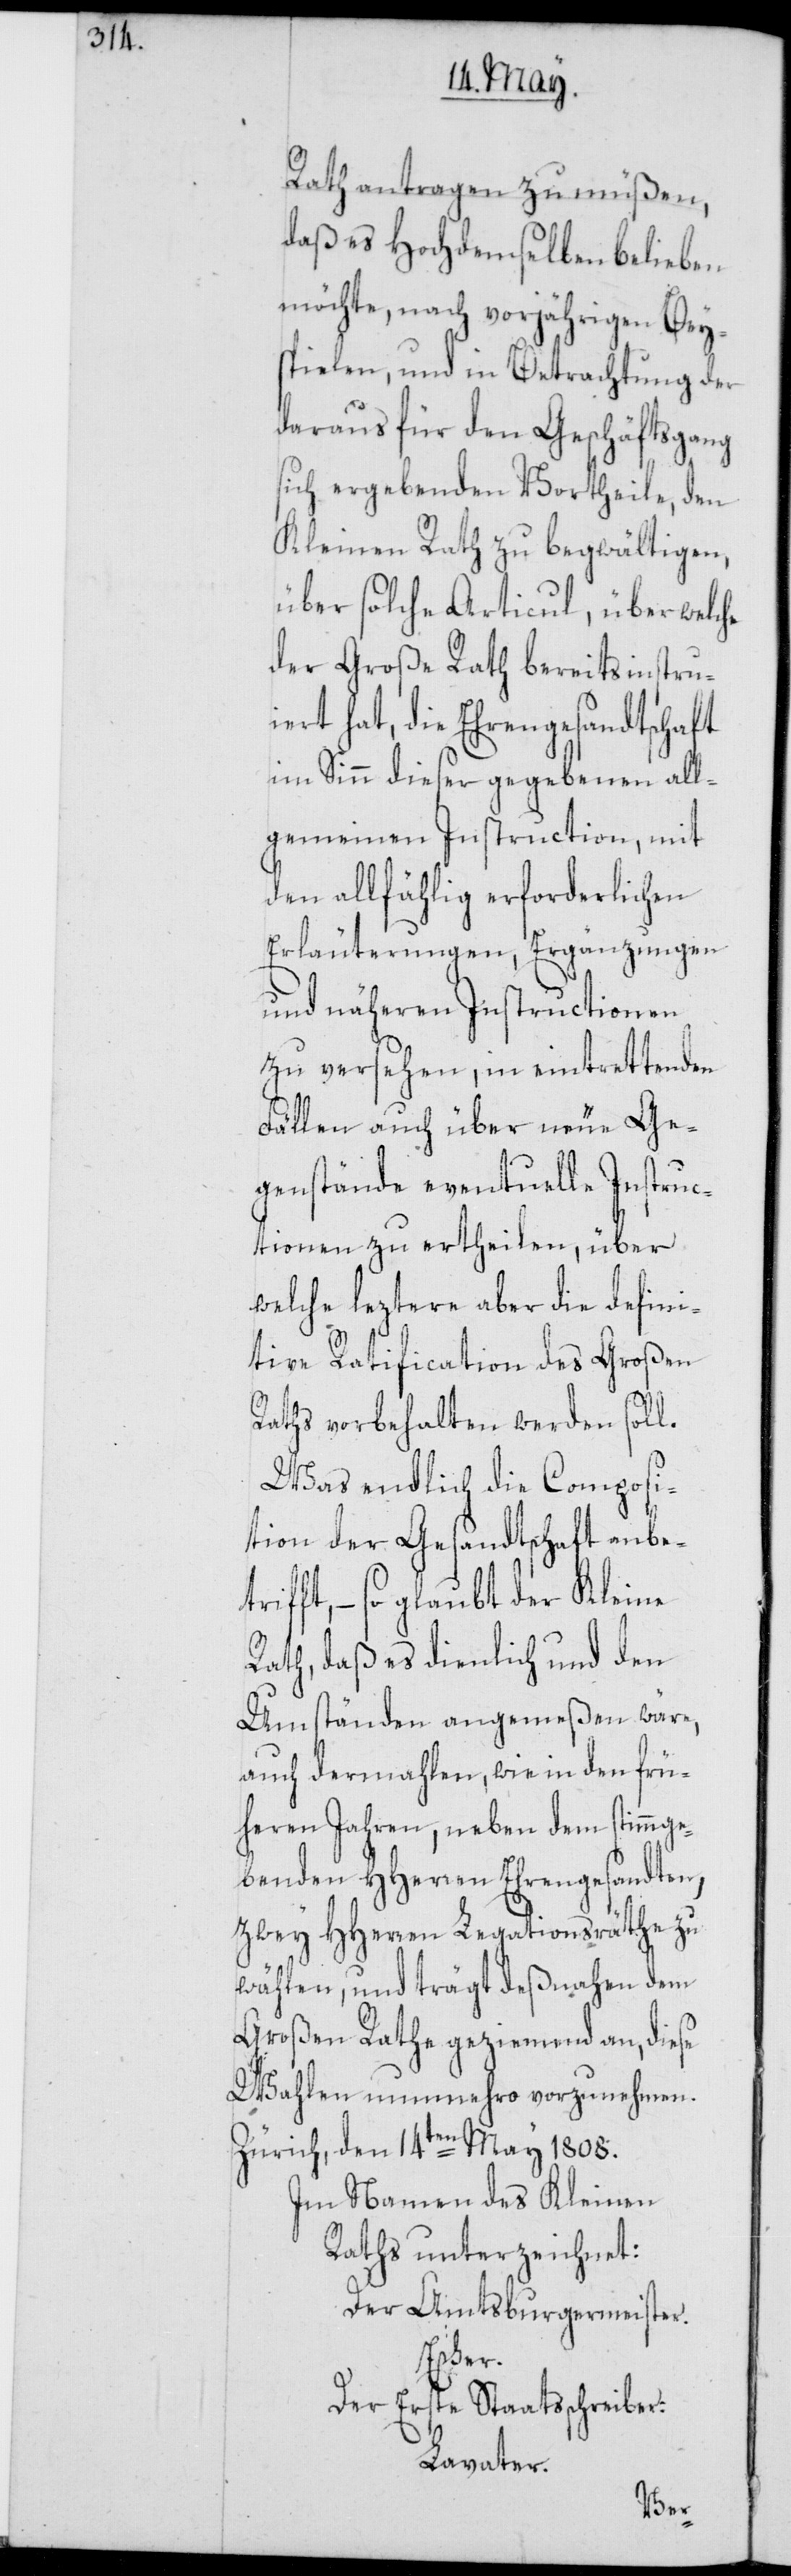
Rath antragen zu müßen,
daß es Hochdemselben belieben
möchte, nach vorjährigen Bey¬
spielen, und in Betrachtung der
daraus für den Geschäftsgang
sich ergebenden Vortheile, den
Kleinen Rath zu begwältigen,
über solche Articul, über welche
der Große Rath bereits instru¬
iert hat, die Ehrengesandtschaft
im Sinn dieser gegebenen all¬
gemeinen Instruction, mit
den allfählig erforderlichen
Erläuterungen, Ergänzungen
und näheren Instructionen
zu versehen, in eintrettenden
Fällen auch über neue Ge¬
genstände eventuelle Instruc¬
tionen zu ertheilen, über
welche leztere aber die defini¬
tive Ratification des Großen
Raths vorbehalten werden soll.
Was endlich die Composi¬
tion der Gesandtschaft anbetr¬
ifft, – so glaubt der Kleine
Rath, daß es dienlich und den
Umständen angemeßen wäre,
auch dermahlen, wie in den frü¬
heren Jahren, neben dem stimmge¬
benden HHerren Ehrengesandten,
zwey HHerren Legationsräthe zu
wählen, und trägt deßnahen dem
Großen Rathe geziemend an, diese
Wahlen nunmehro vorzunehmen.
Zürich, den 14ten May 1808.
Im Namen des Kleinen
Raths unterzeichnet:
Der Amtsburgermeister.
Escher.
Der Erste Staatsschreiber:
Lavater.